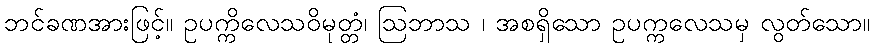
ဘင်ခဏအားဖြင့်။ ဥပက္ကိလေသဝိမုတ္တံ၊ ဩဘာသ ၊ အစရှိသော ဥပက္ကလေသမှ လွတ်သော။